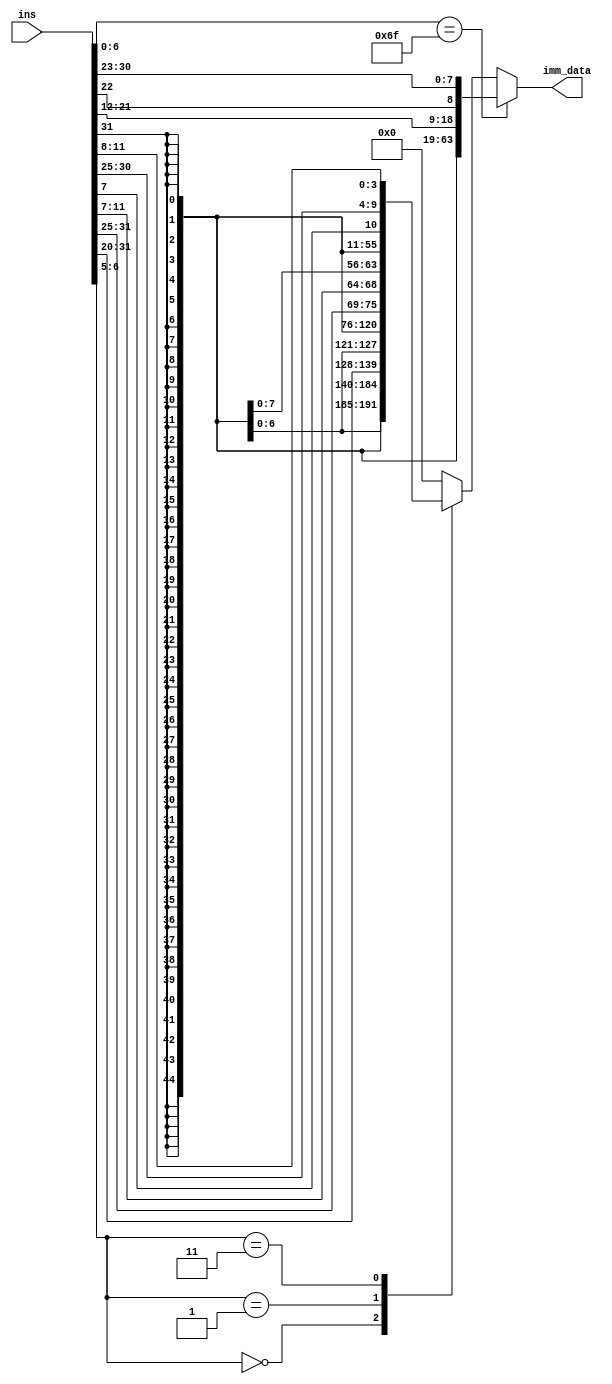
`timescale 1ns / 1ps
//////////////////////////////////////////////////////////////////////////////////
// Company: 
// Engineer: 
// 
// Design Name: 
// Module Name: Immediate_Generator
// Project Name: 
// Target Devices: 
// Tool Versions: 
// Description: 
// 
// Dependencies: 
// 
// Revision:
// Revision 0.01 - File Created
// Additional Comments:
// 
//////////////////////////////////////////////////////////////////////////////////

 module ImmGen
(
    input [31:0] ins,
    output reg [63:0] imm_data
);

reg [19:0] jal_imm;

reg [11:0] ld_imm;
reg [11:0] sd_imm;
reg [11:0] br_imm;
wire [1:0] sel;
assign sel = ins [6:5];
    localparam [1:0]
    ld_ins = 2'b00,
    sd_ins = 2'b01,
    br_ins = 2'b11;



always @ (ins) begin
    // Immediate field for JAL Instruction
    if (ins[6:0] == 7'b1101111) begin
        jal_imm = ins[31:12];
        imm_data = {{52{ins[31]}}, jal_imm[19], jal_imm[9:0], jal_imm[10], jal_imm[18:11]};
    end
    
    else begin
        case (sel)
            // Immediate field for Load Instruction
            ld_ins:
                begin
                    ld_imm = ins [31:20];
                    imm_data = {{52{ins[31]}}, ld_imm};
                end
            
            // Immediate field for Store Instrucion
            sd_ins:
                begin
                    sd_imm = {ins [31:25], ins[11:7]};
                    imm_data = {{52{ins[31]}}, sd_imm};
                end
            
            // Immediate field for Branch Instruction  
            br_ins:
                begin
                    br_imm = {ins [31], ins [7], ins [30:25], ins [11:8]};
                    imm_data = {{52{ins[31]}}, br_imm};
                end
                
            default: imm_data = 64'h0000000000000000;
        endcase
    end
end
endmodule